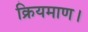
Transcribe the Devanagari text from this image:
क्रियमाण।